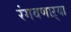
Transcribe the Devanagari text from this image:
रंगवणाऱ्या